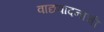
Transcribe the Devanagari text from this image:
वाद्यवादनाची